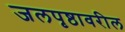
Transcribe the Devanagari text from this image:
जलपृष्ठावरील